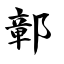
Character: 鄣